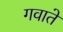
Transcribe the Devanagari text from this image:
गवाते